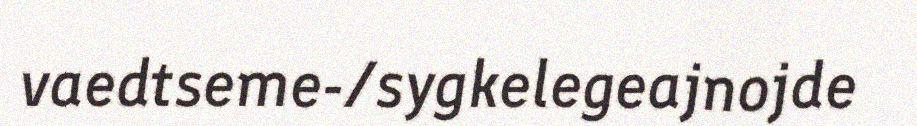
vaedtseme-/sygkelegeajnojde